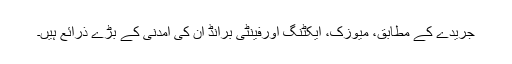
جریدے کے مطابق، میوزک، ایکٹنگ اورفینٹی برانڈ ان کی آمدنی کے بڑے ذرائع ہیں۔